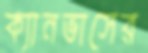
ক্যানভাসের